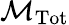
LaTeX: {\mathcal{M}}_{\mathrm{{Tot}}}